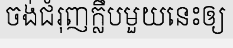
ចង់ជំរុញក្លឹបមួយនេះឲ្យ